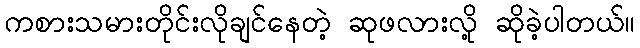
ကစားသမားတိုင်းလိုချင်နေတဲ့ ဆုဖလားလို့ ဆိုခဲ့ပါတယ်။